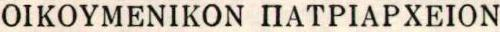
OIKOYMENIKON ΠATPIAPXEION